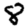
Digit: 8